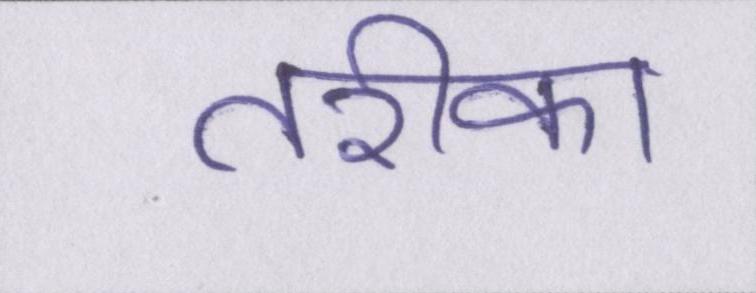
तरीका